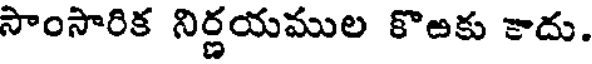
సాంసారిక నిర్ణయముల కొఱకు కాదు.